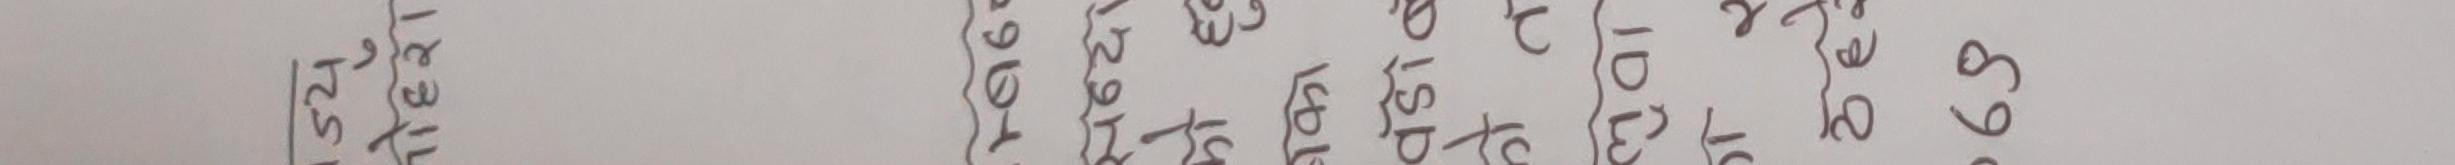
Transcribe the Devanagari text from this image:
१२,०००
६९९
४,२१०
१,८५०
१,२९५
२,६८३